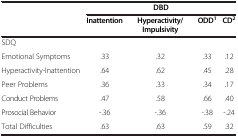
<table><thead><tr><td><b> </b></td><td colspan="4"><b>DBD</b></td></tr><tr><td><b> </b></td><td><b>Inattention</b></td><td><b>Hyperactivity/Impulsivity</b></td><td><b>ODD<sup>1</sup></b></td><td><b>CD<sup>2</sup></b></td></tr></thead><tbody><tr><td>SDQ</td><td> </td><td> </td><td> </td><td> </td></tr><tr><td>Emotional Symptoms</td><td>.33</td><td>.32</td><td>.33</td><td>.12</td></tr><tr><td>Hyperactivity-Inattention</td><td>.64</td><td>.62</td><td>.45</td><td>.28</td></tr><tr><td>Peer Problems</td><td>.36</td><td>.33</td><td>.34</td><td>.17</td></tr><tr><td>Conduct Problems</td><td>.47</td><td>.58</td><td>.66</td><td>.40</td></tr><tr><td>Prosocial Behavior</td><td>-.36</td><td>-.36</td><td>-.38</td><td>-.24</td></tr><tr><td>Total Difficulties</td><td>.63</td><td>.63</td><td>.59</td><td>.32</td></tr></tbody></table>